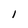
Character: I